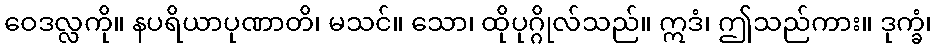
ဝေဒလ္လကို။ နပရိယာပုဏာတိ၊ မသင်။ သော၊ ထိုပုဂ္ဂိုလ်သည်။ ဣဒံ၊ ဤသည်ကား။ ဒုက္ခံ၊